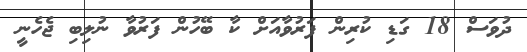
ދުވަސް 18 ގަޑި ކުރިން ފަރުވާއަށް ކާ ބޭހުން ފަރުވާ ނުލިބި ޖެހެނީ